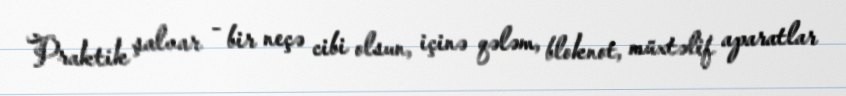
Praktik şalvar - bir neçə cibi olsun, içinə qələm, bloknot, müxtəlif aparatlar